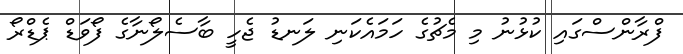
ފްރާންސްގައި ކުޅުނު މި މެޗުގެ ހަމައެކަނި ލަނޑު ޖެހީ ބާސެލޯނާގެ ފޯވަޑް ޕެޑްރޯ